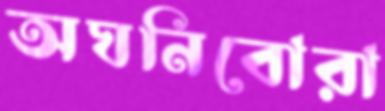
অঘনিবোরা